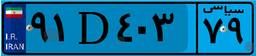
۹۰D۲۱۸۷۷